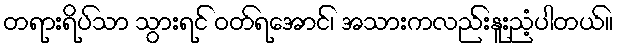
တရားရိပ်သာ သွားရင် ဝတ်ရအောင်၊ အသားကလည်းနူးညံ့ပါတယ်။